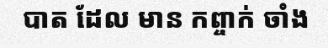
បាត ដែល មាន កព្ចាក់ ចាំង